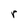
Character: r